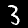
Label: 3